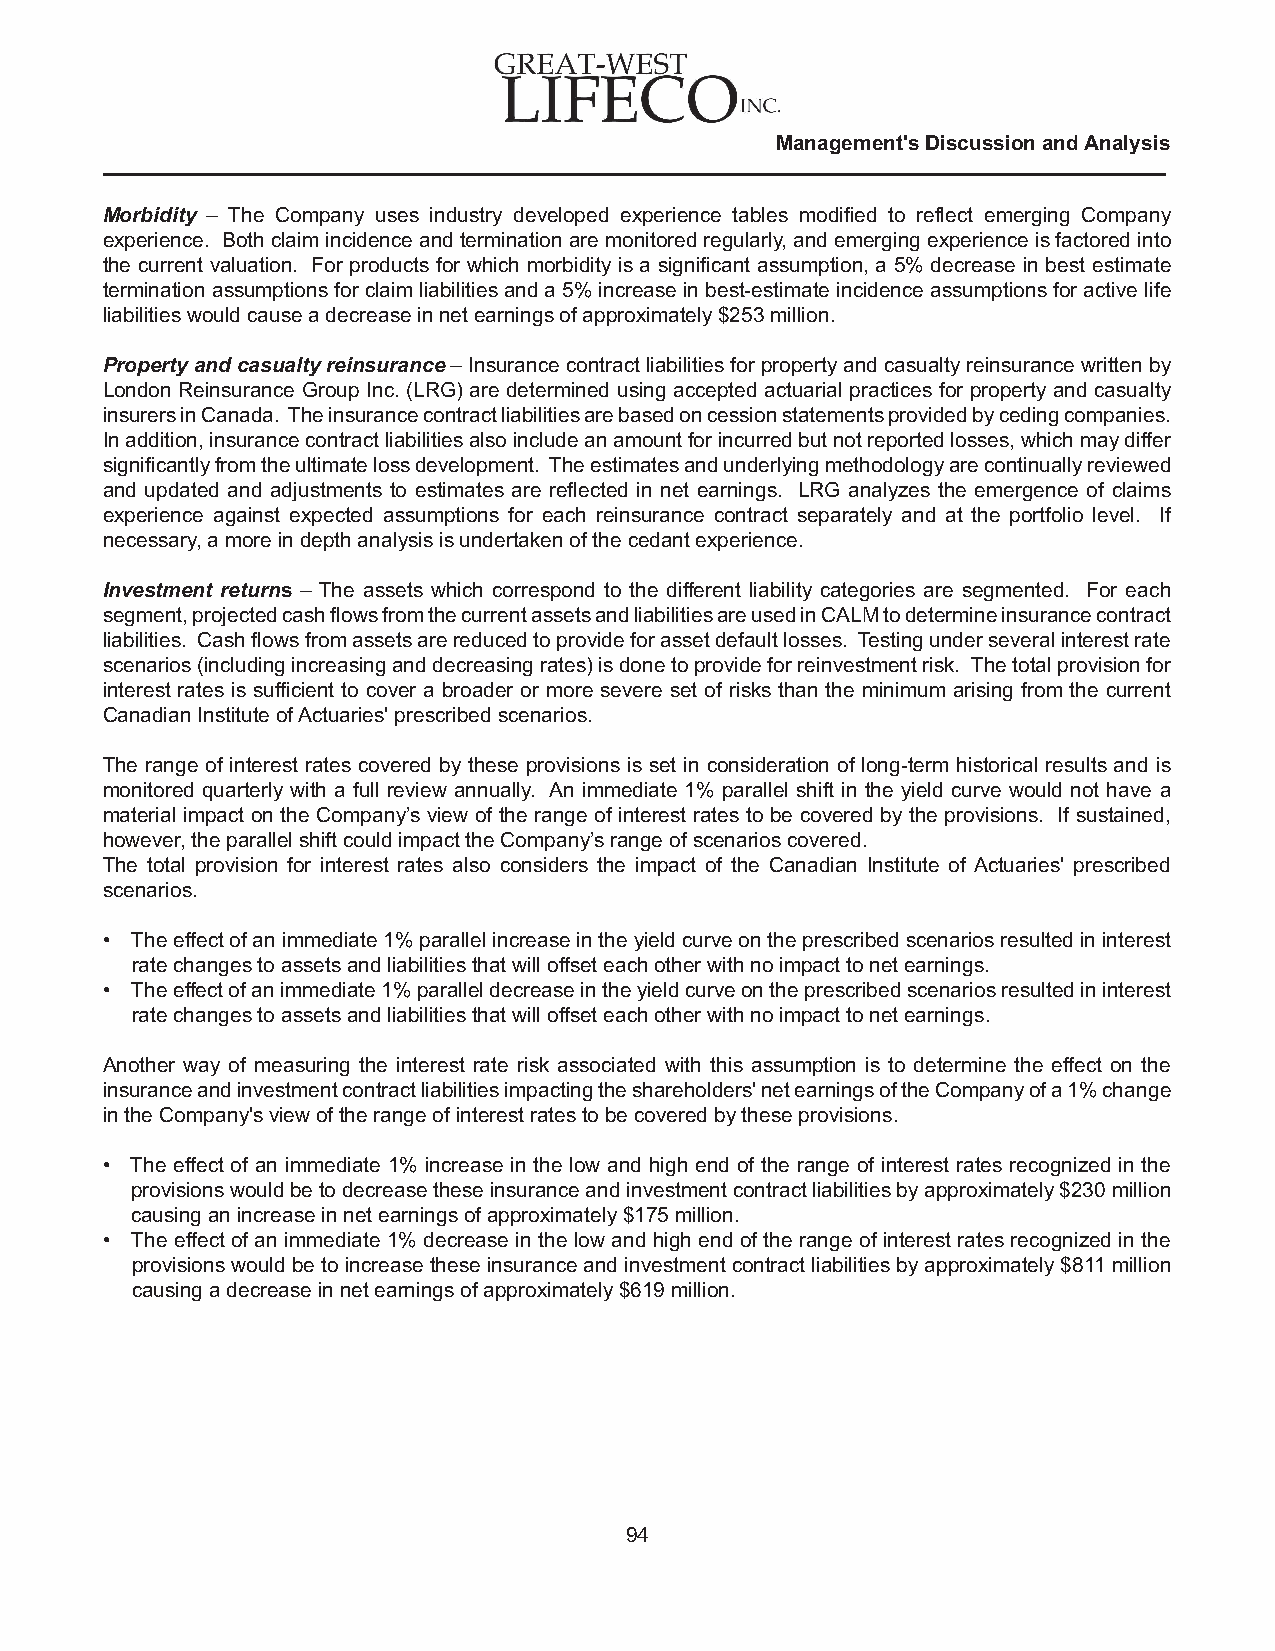
Management's Discussion and Analysis
 Morbidity – The Company uses industry developed experience tables modified to reflect emerging Company
 experience. Both claim incidence and termination are monitored regularly, and emerging experience is factored into
 the current valuation. For products for which morbidity is a significant assumption, a 5% decrease in best estimate
 termination assumptions for claim liabilities and a 5% increase in best-estimate incidence assumptions for active life
 liabilities would cause a decrease in net earnings of approximately $253 million.
 Property and casualty reinsurance – Insurance contract liabilities for property and casualty reinsurance written by
 London Reinsurance Group Inc. (LRG) are determined using accepted actuarial practices for property and casualty
 insurers in Canada. The insurance contract liabilities are based on cession statements provided by ceding companies.
 In addition, insurance contract liabilities also include an amount for incurred but not reported losses, which may differ
 significantly from the ultimate loss development. The estimates and underlying methodology are continually reviewed
 and updated and adjustments to estimates are reflected in net earnings. LRG analyzes the emergence of claims
 experience against expected assumptions for each reinsurance contract separately and at the portfolio level. If
 necessary, a more in depth analysis is undertaken of the cedant experience.
 Investment returns – The assets which correspond to the different liability categories are segmented. For each
 segment, projected cash flows from the current assets and liabilities are used in CALM to determine insurance contract
 liabilities. Cash flows from assets are reduced to provide for asset default losses. Testing under several interest rate
 scenarios (including increasing and decreasing rates) is done to provide for reinvestment risk. The total provision for
 interest rates is sufficient to cover a broader or more severe set of risks than the minimum arising from the current
 Canadian Institute of Actuaries' prescribed scenarios.
 The range of interest rates covered by these provisions is set in consideration of long-term historical results and is
 monitored quarterly with a full review annually. An immediate 1% parallel shift in the yield curve would not have a
 material impact on the Company’s view of the range of interest rates to be covered by the provisions. If sustained,
 however, the parallel shift could impact the Company’s range of scenarios covered.
 The total provision for interest rates also considers the impact of the Canadian Institute of Actuaries' prescribed
 scenarios.
 • The effect of an immediate 1% parallel increase in the yield curve on the prescribed scenarios resulted in interest
 rate changes to assets and liabilities that will offset each other with no impact to net earnings.
 • The effect of an immediate 1% parallel decrease in the yield curve on the prescribed scenarios resulted in interest
 rate changes to assets and liabilities that will offset each other with no impact to net earnings.
 Another way of measuring the interest rate risk associated with this assumption is to determine the effect on the
 insurance and investment contract liabilities impacting the shareholders' net earnings of the Company of a 1% change
 in the Company's view of the range of interest rates to be covered by these provisions.
 • The effect of an immediate 1% increase in the low and high end of the range of interest rates recognized in the
 provisions would be to decrease these insurance and investment contract liabilities by approximately $230 million
 causing an increase in net earnings of approximately $175 million.
 • The effect of an immediate 1% decrease in the low and high end of the range of interest rates recognized in the
 provisions would be to increase these insurance and investment contract liabilities by approximately $811 million
 causing a decrease in net earnings of approximately $619 million.
 94